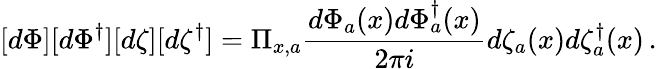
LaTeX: [d\Phi][d\Phi^{\dagger}][d\zeta][d\zeta^{\dagger}]=\Pi_{x,a}\frac{d\Phi_{a}(x)d\Phi_{a}^{\dagger}(x)}{2\pi i}d\zeta_{a}(x)d\zeta_{a}^{\dagger}(x)\, .